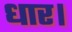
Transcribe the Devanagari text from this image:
धार।